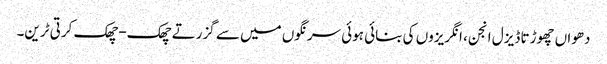
دھواں چھوڑتا ڈیزل انجن، انگریزوں کی بنائی ہوئی سرنگوں میں سے گزرتے چھک-چھک کرتی ٹرین۔